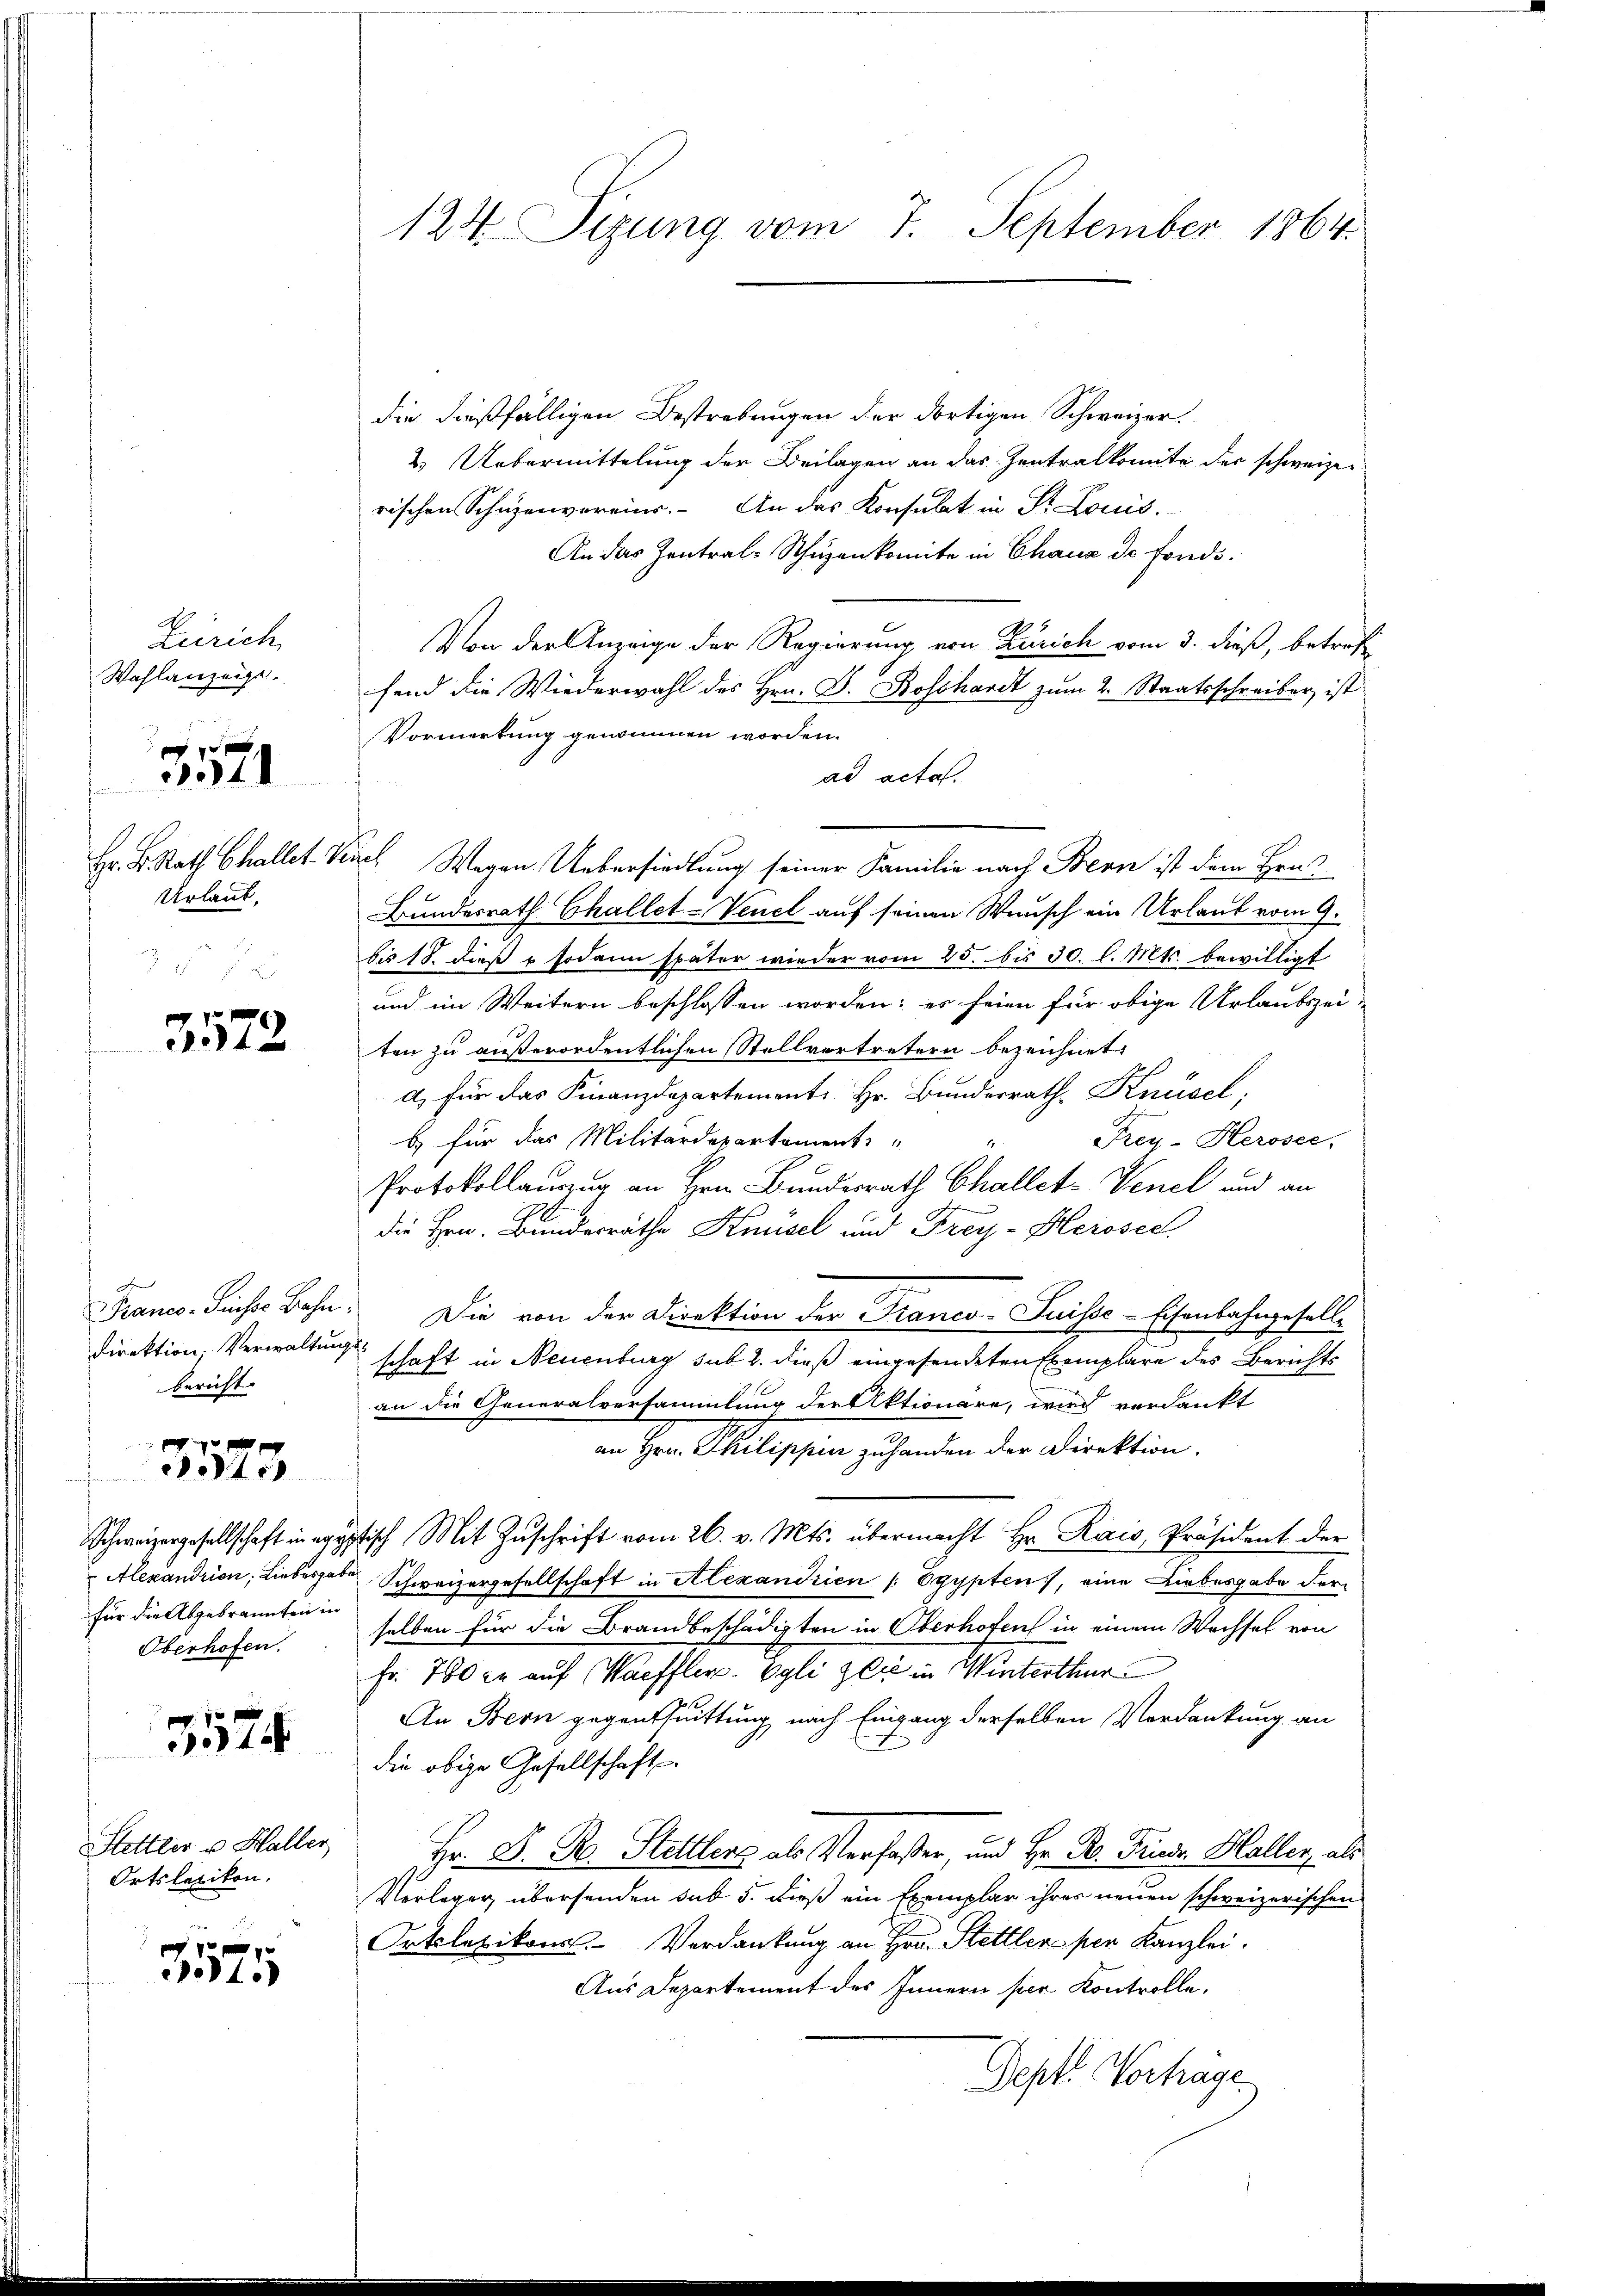
Zürich
Wahlanzeige
n
Hr. K. Rath Challet. v.
Urlaub,
f

e
134. I

3572

met
Direktion, Verwaltungsbericht

te

für die Abgebrannten in
Oberhofen.

3574

Stettler v. Haller
Ortslezikon.

J01.

124. Sizung vom 7. September 1864.

die dießfälligen Bestrebungen der dortigen Schweizer
2. Uebermittelung der Beilagen an das Zentralkomite der schweize
rischen Schüzenvereins. An das Konsulat in Dr. Louis.
An das Zentral-Schüzenkomite in Chaux de fonds¬
Von der Anzeige der Regierung von Zürich vom 3. dieß, betreff
fend die Wiederwahl des Hrn. D. Bosshardt zum 2. Staatsschreiber ist
Vormerkung genommen worden.
ad acta
Nach Wegen Uebersiedlung seiner Familie nach Bern ist dem Hrn
Bundesrath Challet-Venel auf seinen Wunsch ein Urlaut vom 9.
bis 18. dieß & sodann später wieder vom 25. bis 30. l. Mts. bewilligt
und im Weitern beschlossen worden; es seien für obige Urlaubszei-
ten zu außerordentlichen Stellvertretern bezeichnet.
a) für das Finanzdepartement Hr. Bundesrath Knüsel;
b) für das Militärdepartementi
Frey. Heroser,
Protokollauszug an Hrn. Bundesrath Challet-Venel und an
die Hrn. Bundesräthe Knüsel und Frey-Herosed
Franco- Pinses Bahn. Die von der Direktion der Franco-Suisse Eisenbahngesell-
schaft in Neuenburg sub 2. dieß eingesendeten Exemplare des Berichts
an die Generalversammlung der Aktionare, wird verdankt
in Herr Philippen zu handen der Direktion.
Schweizergesellschaft in egyptisch Mit Zŭschrift vom 26. v. Mts. übermacht Hr. Kais, Präsident der
Alexandrion, Liebesgabe Schweizergesellschaft in Alexandrien /: Egypten, eine Liebesgabe der
selben für die Brandbeschädigten in Oberhofen in einem Wachsel von
Fr. 700 l. auf Waeffler-Egli zeit in Winterthur
An Bern gegenthuittung nach Eingang derselben Verdankung an
die obige Gesellschaft
Hr. S. R. Stettlers als Verfaßer, und Hr. K. Friedr. Haller, als
Verleger, übersenden sub 5. Dieß ein Exemplar ihres neuen schweizerischen
Ortlebikon. Verdankung an Hrn. Stettler per Kanzlei.
Aus Departement des Innern hier Kontrolle.
Septe Verhage